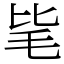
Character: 毞